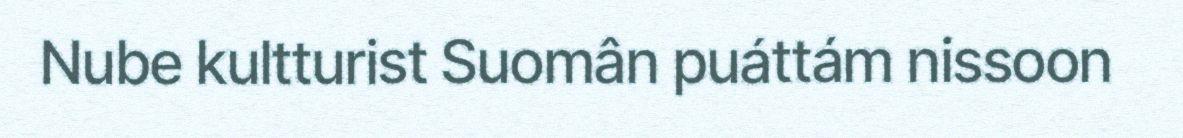
Nube kultturist Suomân puáttám nissoon